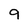
Character: 9